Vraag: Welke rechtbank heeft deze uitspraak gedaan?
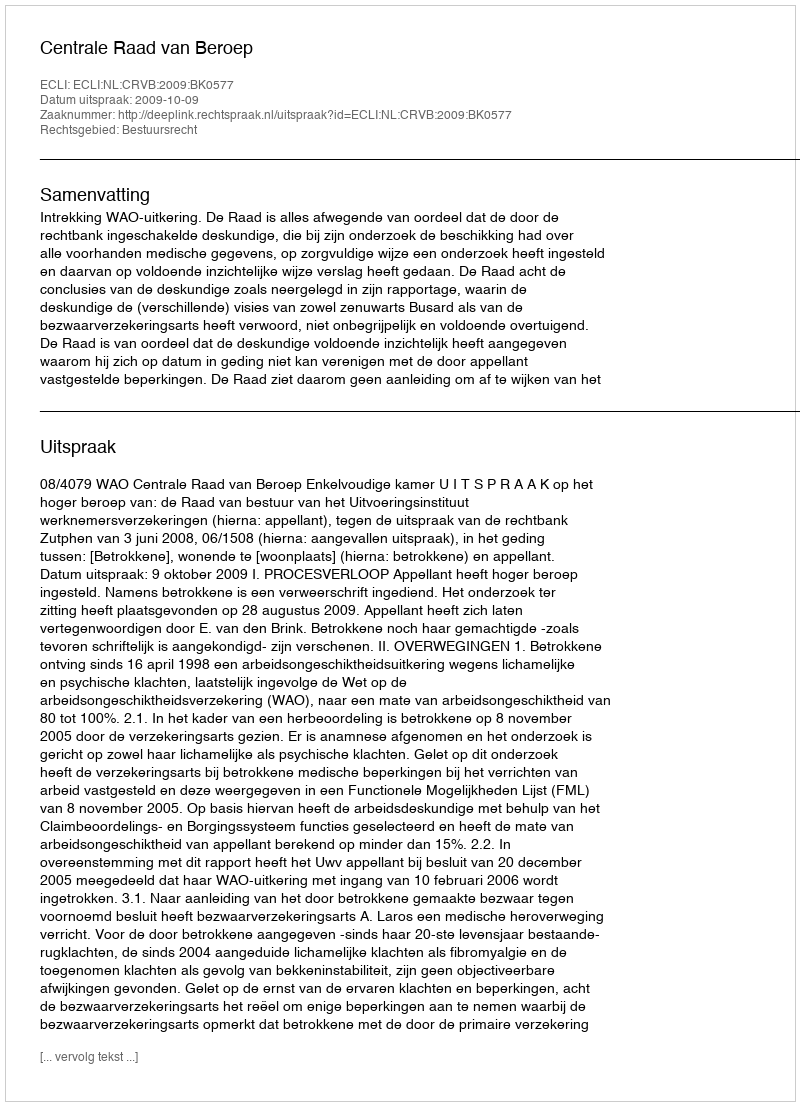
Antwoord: Centrale Raad van Beroep